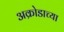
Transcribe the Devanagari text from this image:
अक्रोडाच्या